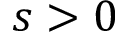
s > 0